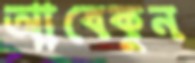
আবেকুন